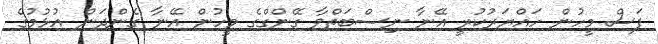
ފަސް މީހުން ހައްޔަރުކުރީ އޭނާ ނިސްބަތްވާ ގޭންގްގެ މީހުން އޭނާ ގެންދަން އުޅުމުގެ